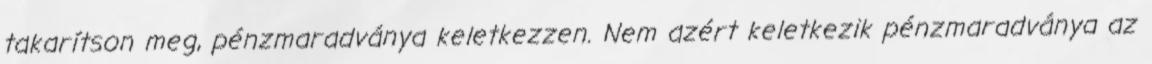
takarítson meg, pénzmaradványa keletkezzen. Nem azért keletkezik pénzmaradványa az